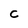
Character: C